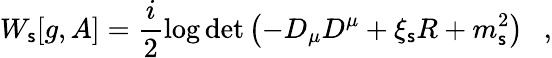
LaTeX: W_{\mathsf{s}}[g,A]=\frac{i}{2}\log\operatorname*{det}\left(-D_{\mu}D^{\mu}+\xi_{\mathsf{s}}R+m_{\mathsf{s}}^{2}\right)~~~,